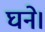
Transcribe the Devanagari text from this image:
घने।